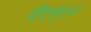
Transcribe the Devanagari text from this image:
पीएस्एल